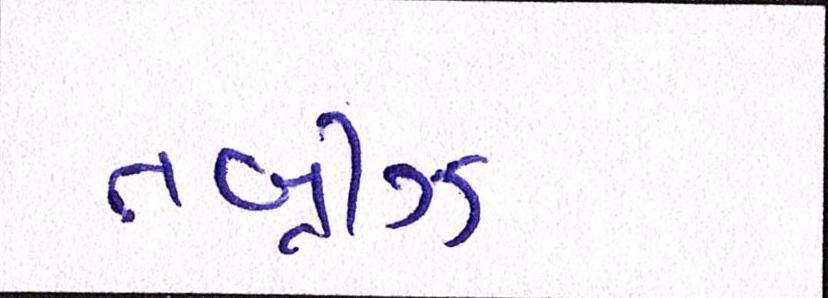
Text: તબ્રીઝ